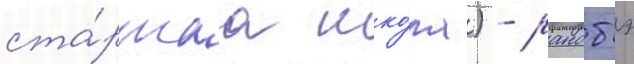
ста́ршаа шко́ла) - ранобэ